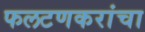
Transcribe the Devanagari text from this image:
फलटणकरांचा